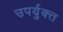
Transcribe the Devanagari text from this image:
उपर्युक्त्त